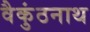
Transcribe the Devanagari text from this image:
वैकुंठनाथ